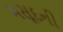
મસૂદની